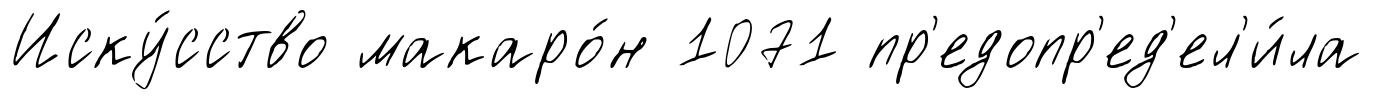
Иску́сство макаро́н 1071 пр'едопр'ед'ел'и́ла